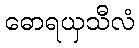
ဓောရယှသီလံ